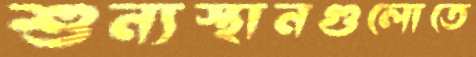
শুন্যস্থানগুলোতে